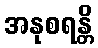
အနုစရန္တိ